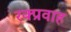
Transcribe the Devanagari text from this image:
रक्प्रवाह